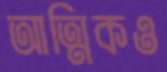
আত্মিকও